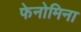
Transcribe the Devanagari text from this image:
फेनोमिना